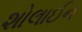
શોલાઈન